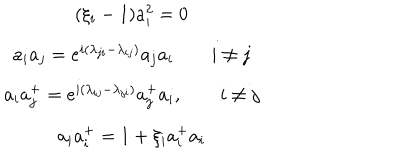
LaTeX: \begin{array} { c } { { ( \xi _ { i } - 1 ) a _ { i } ^ { 2 } = 0 } } \\ { { a _ { i } a _ { j } = e ^ { i ( \lambda _ { j i } - \lambda _ { i j } ) } a _ { j } a _ { i } \qquad i \neq j } } \\ { { a _ { i } a _ { j } ^ { + } = e ^ { i ( \lambda _ { i j } - \lambda _ { j i } ) } a _ { j } ^ { + } a _ { i } , \qquad i \neq j } } \\ { { a _ { i } a _ { i } ^ { + } = 1 + \xi _ { i } a _ { i } ^ { + } a _ { i } } } \\ \end{array}